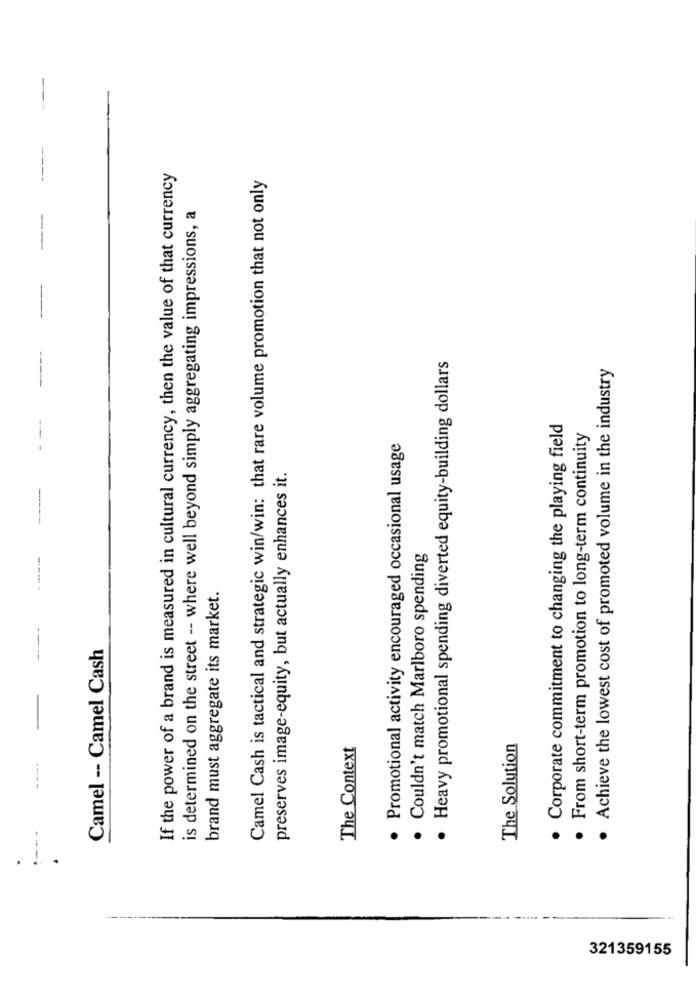
If the power of a brand is measured in cultural currency, then the value of that currency
Camel Cash is tactical and strategic win/win: that rare volume promotion that not only
is determined on the street -- where well beyond simply aggregating impressions, a
Heavy promotional spending diverted equity-building dollars
Achieve the lowest cost of promoted volume in the industry
Corporate commitment to changing the playing field
From short-term promotion to long-term continuity
Promotional activity encouraged occasional usage
preserves image-equity, but actually enhances it.
Couldn't match Marlboro spending
brand must aggregate its market.
Camel -- Camel Cash
The Context
The Solution
..
.. .
321359155